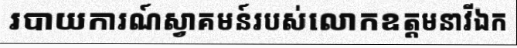
របាយការណ៍ស្វាគមន៍របស់លោកឧត្តមនាវីឯក